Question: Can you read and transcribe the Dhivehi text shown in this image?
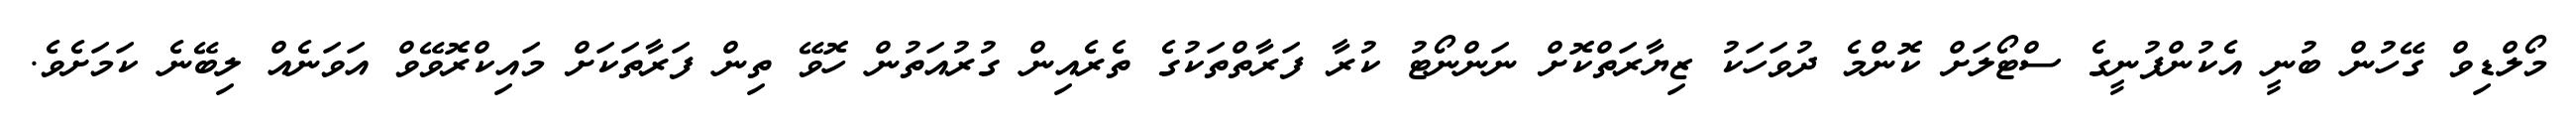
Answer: މޯލްޑިވް ގޭހުން ބުނީ އެކުންފުނީގެ ސްޓޯލަށް ކޮންމެ ދުވަހަކު ޒިޔާރަތްކޮށް ނަންނޯޓު ކުރާ ފަރާތްތަކުގެ ތެރެއިން ގުރުއަތުން ހޮވޭ ތިން ފަރާތަކަށް މައިކްރޮވޭވް އަވަނެއް ލިބޭނެ ކަމަށެވެ.